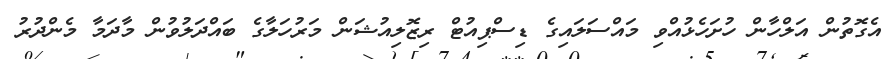
އެގޮތުން އަލްހާން ހުށަހެޅުއްވި މައްސަލައިގެ ޑިސްޕިއުޓް ރިޒޮލިއުޝަން މަރުހަލާގެ ބައްދަލުވުން މާދަމާ މެންދުރު